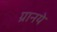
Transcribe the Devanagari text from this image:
ग्रानये